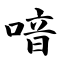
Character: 喑